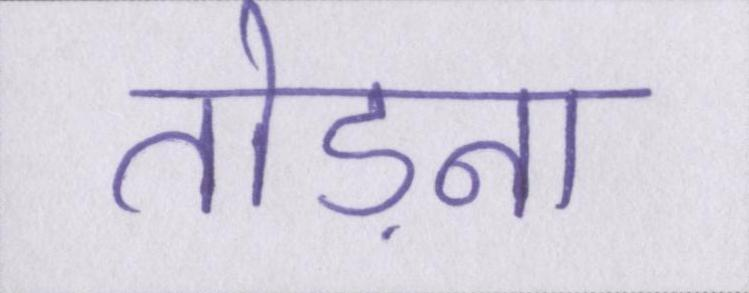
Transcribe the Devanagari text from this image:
तोड़ना